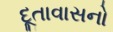
દૂતાવાસનો